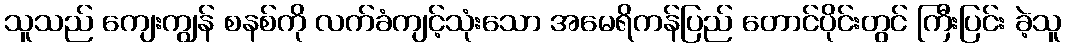
သူသည် ကျေးကျွန် စနစ်ကို လက်ခံကျင့်သုံးသော အမေရိကန်ပြည် တောင်ပိုင်းတွင် ကြီးပြင်း ခဲ့သူ